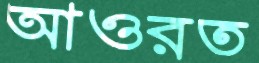
আওরত